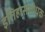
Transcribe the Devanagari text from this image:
इतिहासंशोधक